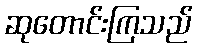
ဆုတောင်းကြသည်